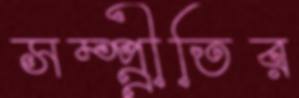
সম্প্র্রীতির